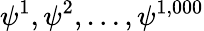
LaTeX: \psi^{1},\psi^{2},\dots,\psi^{1,000}